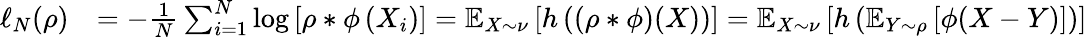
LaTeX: \begin{array}{rl}{\ell_{N}(\rho)}&{=-\frac{1}{N}\sum_{i=1}^{N}\log\left[\rho*\phi\left(X_{i}\right)\right]=\mathbb{E}_{X\sim\nu}\left[h\left((\rho*\phi)(X)\right)\right]=\mathbb{E}_{X\sim\nu}\left[h\left(\mathbb{E}_{Y\sim\rho}\left[\phi(X-Y)\right]\right)\right]}\end{array}